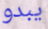
يبدو